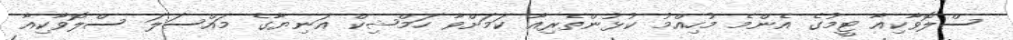
ސްލޮވާކިއާ ޓީމުގެ އެންމެ މުހިއްމު ކުޅުންތެރިއާ ކަމަށްވާ ހަމްޝިކް އަނިޔާގެ މައްސަލަ ސްލޮވާކިއާ